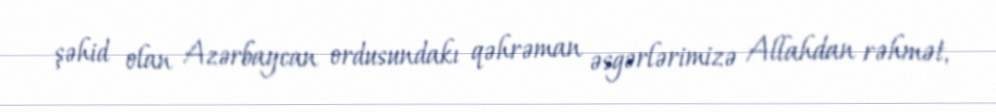
şəhid olan Azərbaycan ordusundakı qəhrəman əsgərlərimizə Allahdan rəhmət,